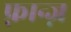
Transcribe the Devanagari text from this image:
फ़्रान्ज़